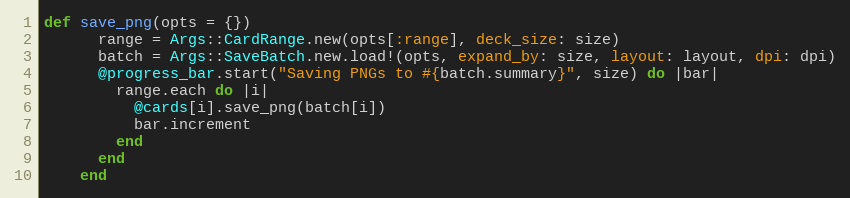
Language: Ruby
def save_png(opts = {})
      range = Args::CardRange.new(opts[:range], deck_size: size)
      batch = Args::SaveBatch.new.load!(opts, expand_by: size, layout: layout, dpi: dpi)
      @progress_bar.start("Saving PNGs to #{batch.summary}", size) do |bar|
        range.each do |i|
          @cards[i].save_png(batch[i])
          bar.increment
        end
      end
    end